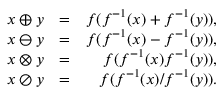
\begin{array} { r l r } { x \oplus y } & { = } & { f ( f ^ { - 1 } ( x ) + f ^ { - 1 } ( y ) ) , } \\ { x \ominus y } & { = } & { f ( f ^ { - 1 } ( x ) - f ^ { - 1 } ( y ) ) , } \\ { x \otimes y } & { = } & { f ( f ^ { - 1 } ( x ) f ^ { - 1 } ( y ) ) , } \\ { x \oslash y } & { = } & { f ( f ^ { - 1 } ( x ) / f ^ { - 1 } ( y ) ) . } \end{array}